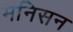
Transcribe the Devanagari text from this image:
मनिसन